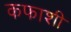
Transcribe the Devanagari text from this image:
कफाशी